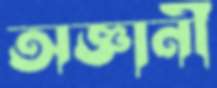
অজ্ঞানী